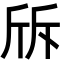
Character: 𣂙